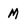
Character: M